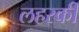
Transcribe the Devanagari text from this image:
लहरकी